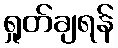
ရှုတ်ချရန်